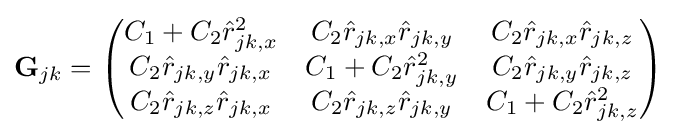
\mathbf {G} _{jk}={\begin{pmatrix}C_{1}+C_{2}{\hat {r}}_{jk,x}^{2}&C_{2}{\hat {r}}_{jk,x}{\hat {r}}_{jk,y}&C_{2}{\hat {r}}_{jk,x}{\hat {r}}_{jk,z}\\C_{2}{\hat {r}}_{jk,y}{\hat {r}}_{jk,x}&C_{1}+C_{2}{\hat {r}}_{jk,y}^{2}&C_{2}{\hat {r}}_{jk,y}{\hat {r}}_{jk,z}\\C_{2}{\hat {r}}_{jk,z}{\hat {r}}_{jk,x}&C_{2}{\hat {r}}_{jk,z}{\hat {r}}_{jk,y}&C_{1}+C_{2}{\hat {r}}_{jk,z}^{2}\end{pmatrix}}